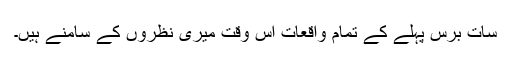
سات برس پہلے کے تمام واقعات اس وقت میری نظروں کے سامنے ہیں۔